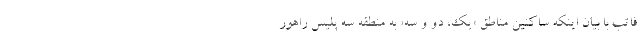
فاتب با بیان اینکه ساکنین مناطق «یک، دو و سه» به منطقه سه پلیس راهور